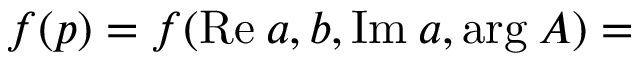
f ( p ) = f ( \mathrm { R e } \: a , b , \mathrm { I m } \: a , \mathrm { a r g } \: A ) =